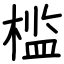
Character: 槛